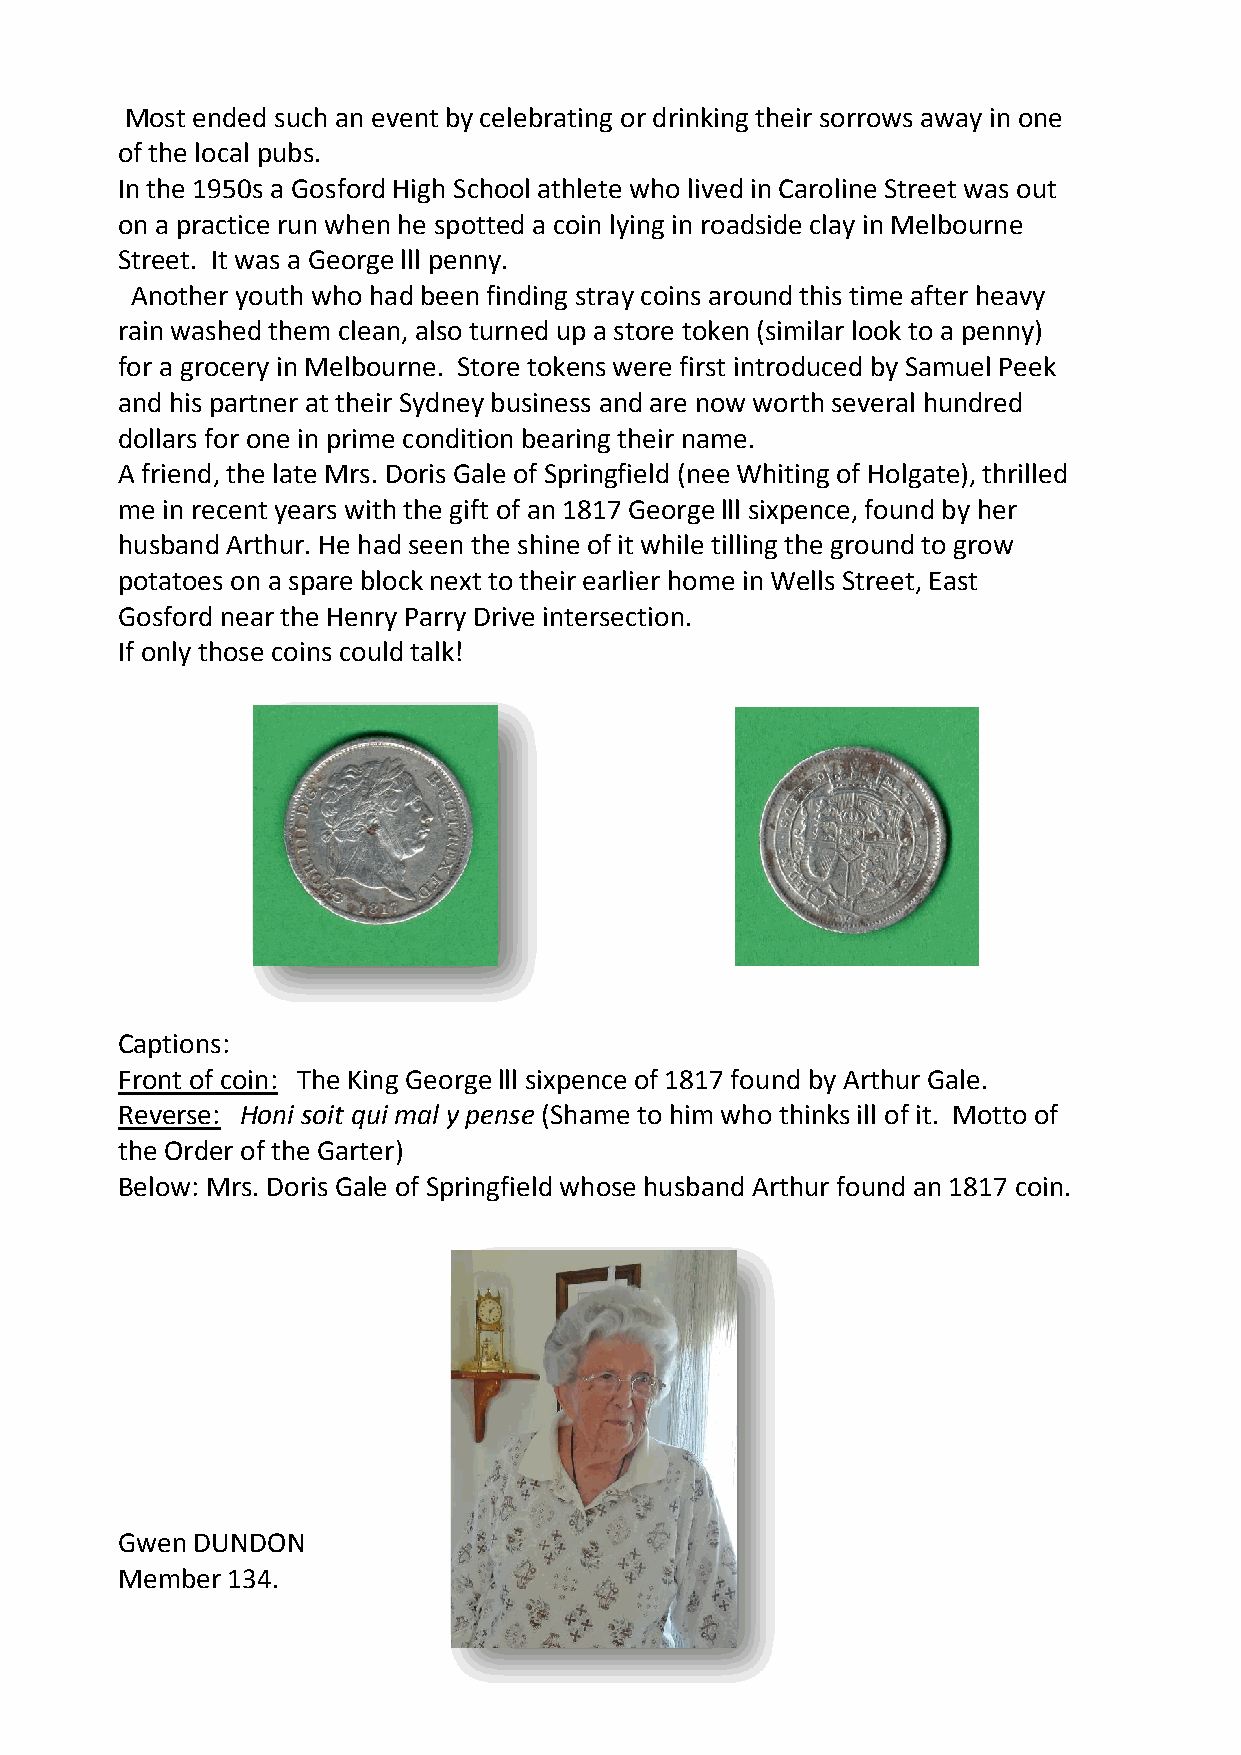
Most ended such an event by celebrating or drinking their sorrows away in one
 of the local pubs.
 In the 1950s a Gosford High School athlete who lived in Caroline Street was out
 on a practice run when he spotted a coin lying in roadside clay in Melbourne
 Street. It was a George lll penny.
 Another youth who had been finding stray coins around this time after heavy
 rain washed them clean, also turned up a store token (similar look to a penny)
 for a grocery in Melbourne. Store tokens were first introduced by Samuel Peek
 and his partner at their Sydney business and are now worth several hundred
 dollars for one in prime condition bearing their name.
 A friend, the late Mrs. Doris Gale of Springfield (nee Whiting of Holgate), thrilled
 me in recent years with the gift of an 1817 George lll sixpence, found by her
 husband Arthur. He had seen the shine of it while tilling the ground to grow
 potatoes on a spare block next to their earlier home in Wells Street, East
 Gosford near the Henry Parry Drive intersection.
 If only those coins could talk!
 Captions:
 Front of coin: The King George lll sixpence of 1817 found by Arthur Gale.
 Reverse: Honi soit qui mal y pense (Shame to him who thinks ill of it. Motto of
 the Order of the Garter)
 Below: Mrs. Doris Gale of Springfield whose husband Arthur found an 1817 coin.
 Gwen DUNDON
 Member 134.